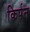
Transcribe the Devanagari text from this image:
किर्पन